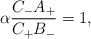
\begin{align*}\alpha\frac{C_{-}A_{+}}{C_{+}B_{-}}=1,\end{align*}